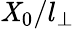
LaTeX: \mathit{X}_{0}/l_{\perp}